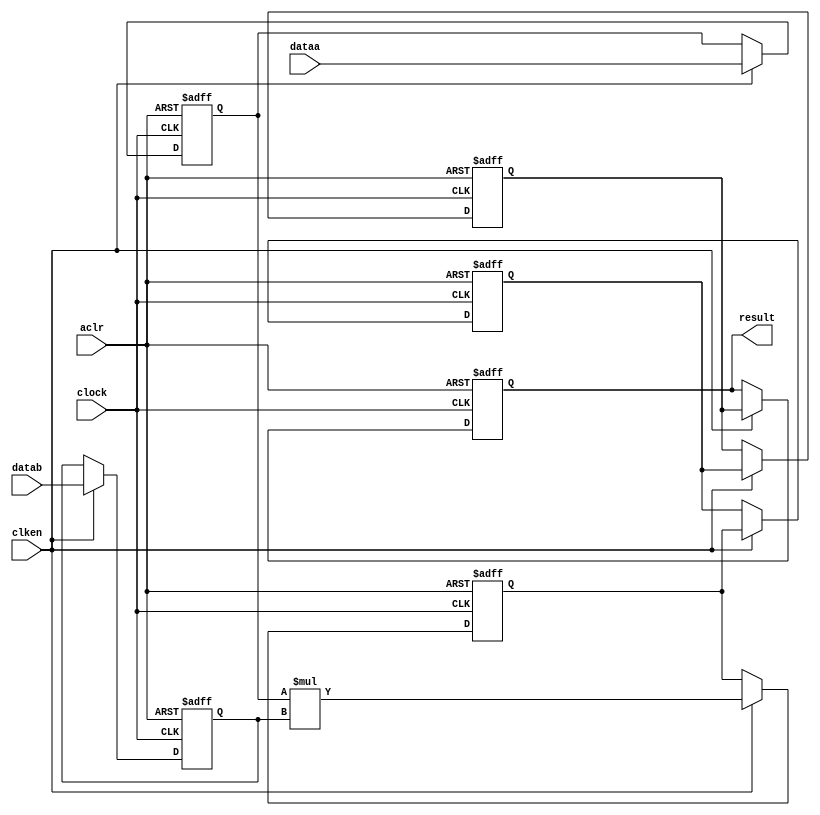
module  mult_9ct
	( 
	aclr,
	clken,
	clock,
	dataa,
	datab,
	result) /* synthesis synthesis_clearbox=1 */;
	input   aclr;
	input   clken;
	input   clock;
	input   [23:0]  dataa;
	input   [23:0]  datab;
	output   [47:0]  result;
`ifndef ALTERA_RESERVED_QIS
// synopsys translate_off
`endif
	tri0   aclr;
	tri1   clken;
	tri0   clock;
`ifndef ALTERA_RESERVED_QIS
// synopsys translate_on
`endif

	reg  [23:0]  dataa_input_reg;
	reg  [23:0]  datab_input_reg;
	reg  [47:0]  result_output_reg;
	reg  [47:0]  result_extra0_reg;
	reg  [47:0]  result_extra1_reg;
	reg  [47:0]  result_extra2_reg;
	wire [23:0]    dataa_wire;
	wire [23:0]    datab_wire;
	wire [47:0]    result_wire;


	// synopsys translate_off
	initial
		dataa_input_reg = 0;
	// synopsys translate_on
	always @(posedge clock or posedge aclr)
		if (aclr == 1'b1)
			dataa_input_reg <= 24'b0;
		else
			if (clken == 1'b1)
				dataa_input_reg <= dataa;
	// synopsys translate_off
	initial
		datab_input_reg = 0;
	// synopsys translate_on
	always @(posedge clock or posedge aclr)
		if (aclr == 1'b1)
			datab_input_reg <= 24'b0;
		else
			if (clken == 1'b1)
				datab_input_reg <= datab;
	// synopsys translate_off
	initial
		result_output_reg = 0;
	// synopsys translate_on
	always @(posedge clock or posedge aclr)
		if (aclr == 1'b1)
			result_output_reg <= 48'b0;
		else
			if (clken == 1'b1)
				result_output_reg <= result_extra2_reg;
	// synopsys translate_off
	initial
		result_extra0_reg = 0;
	// synopsys translate_on
	always @(posedge clock or posedge aclr)
		if (aclr == 1'b1)
			result_extra0_reg <= 48'b0;
		else
			if (clken == 1'b1)
				result_extra0_reg <= result_wire[47:0];
	// synopsys translate_off
	initial
		result_extra1_reg = 0;
	// synopsys translate_on
	always @(posedge clock or posedge aclr)
		if (aclr == 1'b1)
			result_extra1_reg <= 48'b0;
		else
			if (clken == 1'b1)
				result_extra1_reg <= result_extra0_reg;
	// synopsys translate_off
	initial
		result_extra2_reg = 0;
	// synopsys translate_on
	always @(posedge clock or posedge aclr)
		if (aclr == 1'b1)
			result_extra2_reg <= 48'b0;
		else
			if (clken == 1'b1)
				result_extra2_reg <= result_extra1_reg;

	assign dataa_wire = dataa_input_reg;
	assign datab_wire = datab_input_reg;
	assign result_wire = dataa_wire * datab_wire;
	assign result = ({result_output_reg});

endmodule